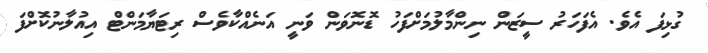
ގުޅިފަ އެވެ. އެފަހަރު ސީޒަން ނިންމާލުމަށްފަހު ޑޮނޮވަން ވަނީ އަނެއްކާވެސް ރިޓަޔާމަންޓް އިއުލާނުކޮށްފަ